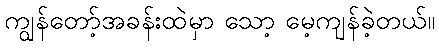
ကျွန်တော့်အခန်းထဲမှာ သော့ မေ့ကျန်ခဲ့တယ်။